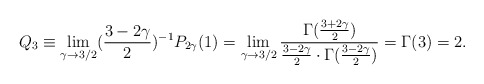
\begin{align*}Q_{3}\equiv\lim\limits_{\gamma\to 3/2}(\frac{3-2\gamma}{2})^{-1}P_{2\gamma}(1)=\lim\limits_{\gamma\to 3/2}\frac{\Gamma(\frac{3+2\gamma}{2})}{\frac{3-2\gamma}{2}\cdot\Gamma(\frac{3-2\gamma}{2})}=\Gamma(3)=2.\end{align*}